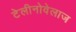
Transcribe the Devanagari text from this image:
टेलीनोवेलाज